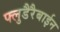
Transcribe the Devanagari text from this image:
फ्लुडैरैबाईन